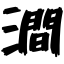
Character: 澗